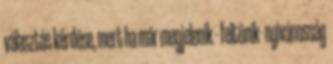
választás kérdése, mert ha már megjelenik - feltünik- nyivánosság